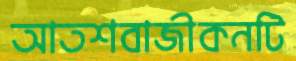
আতশবাজীকনটি